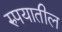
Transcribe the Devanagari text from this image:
रुपयातील